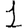
Digit: 1